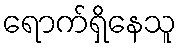
ရောက်ရှိနေသူ